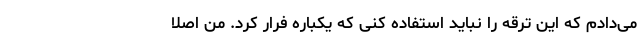
می‌دادم که این ترقه را نباید استفاده کنی که یکباره فرار کرد. من اصلا